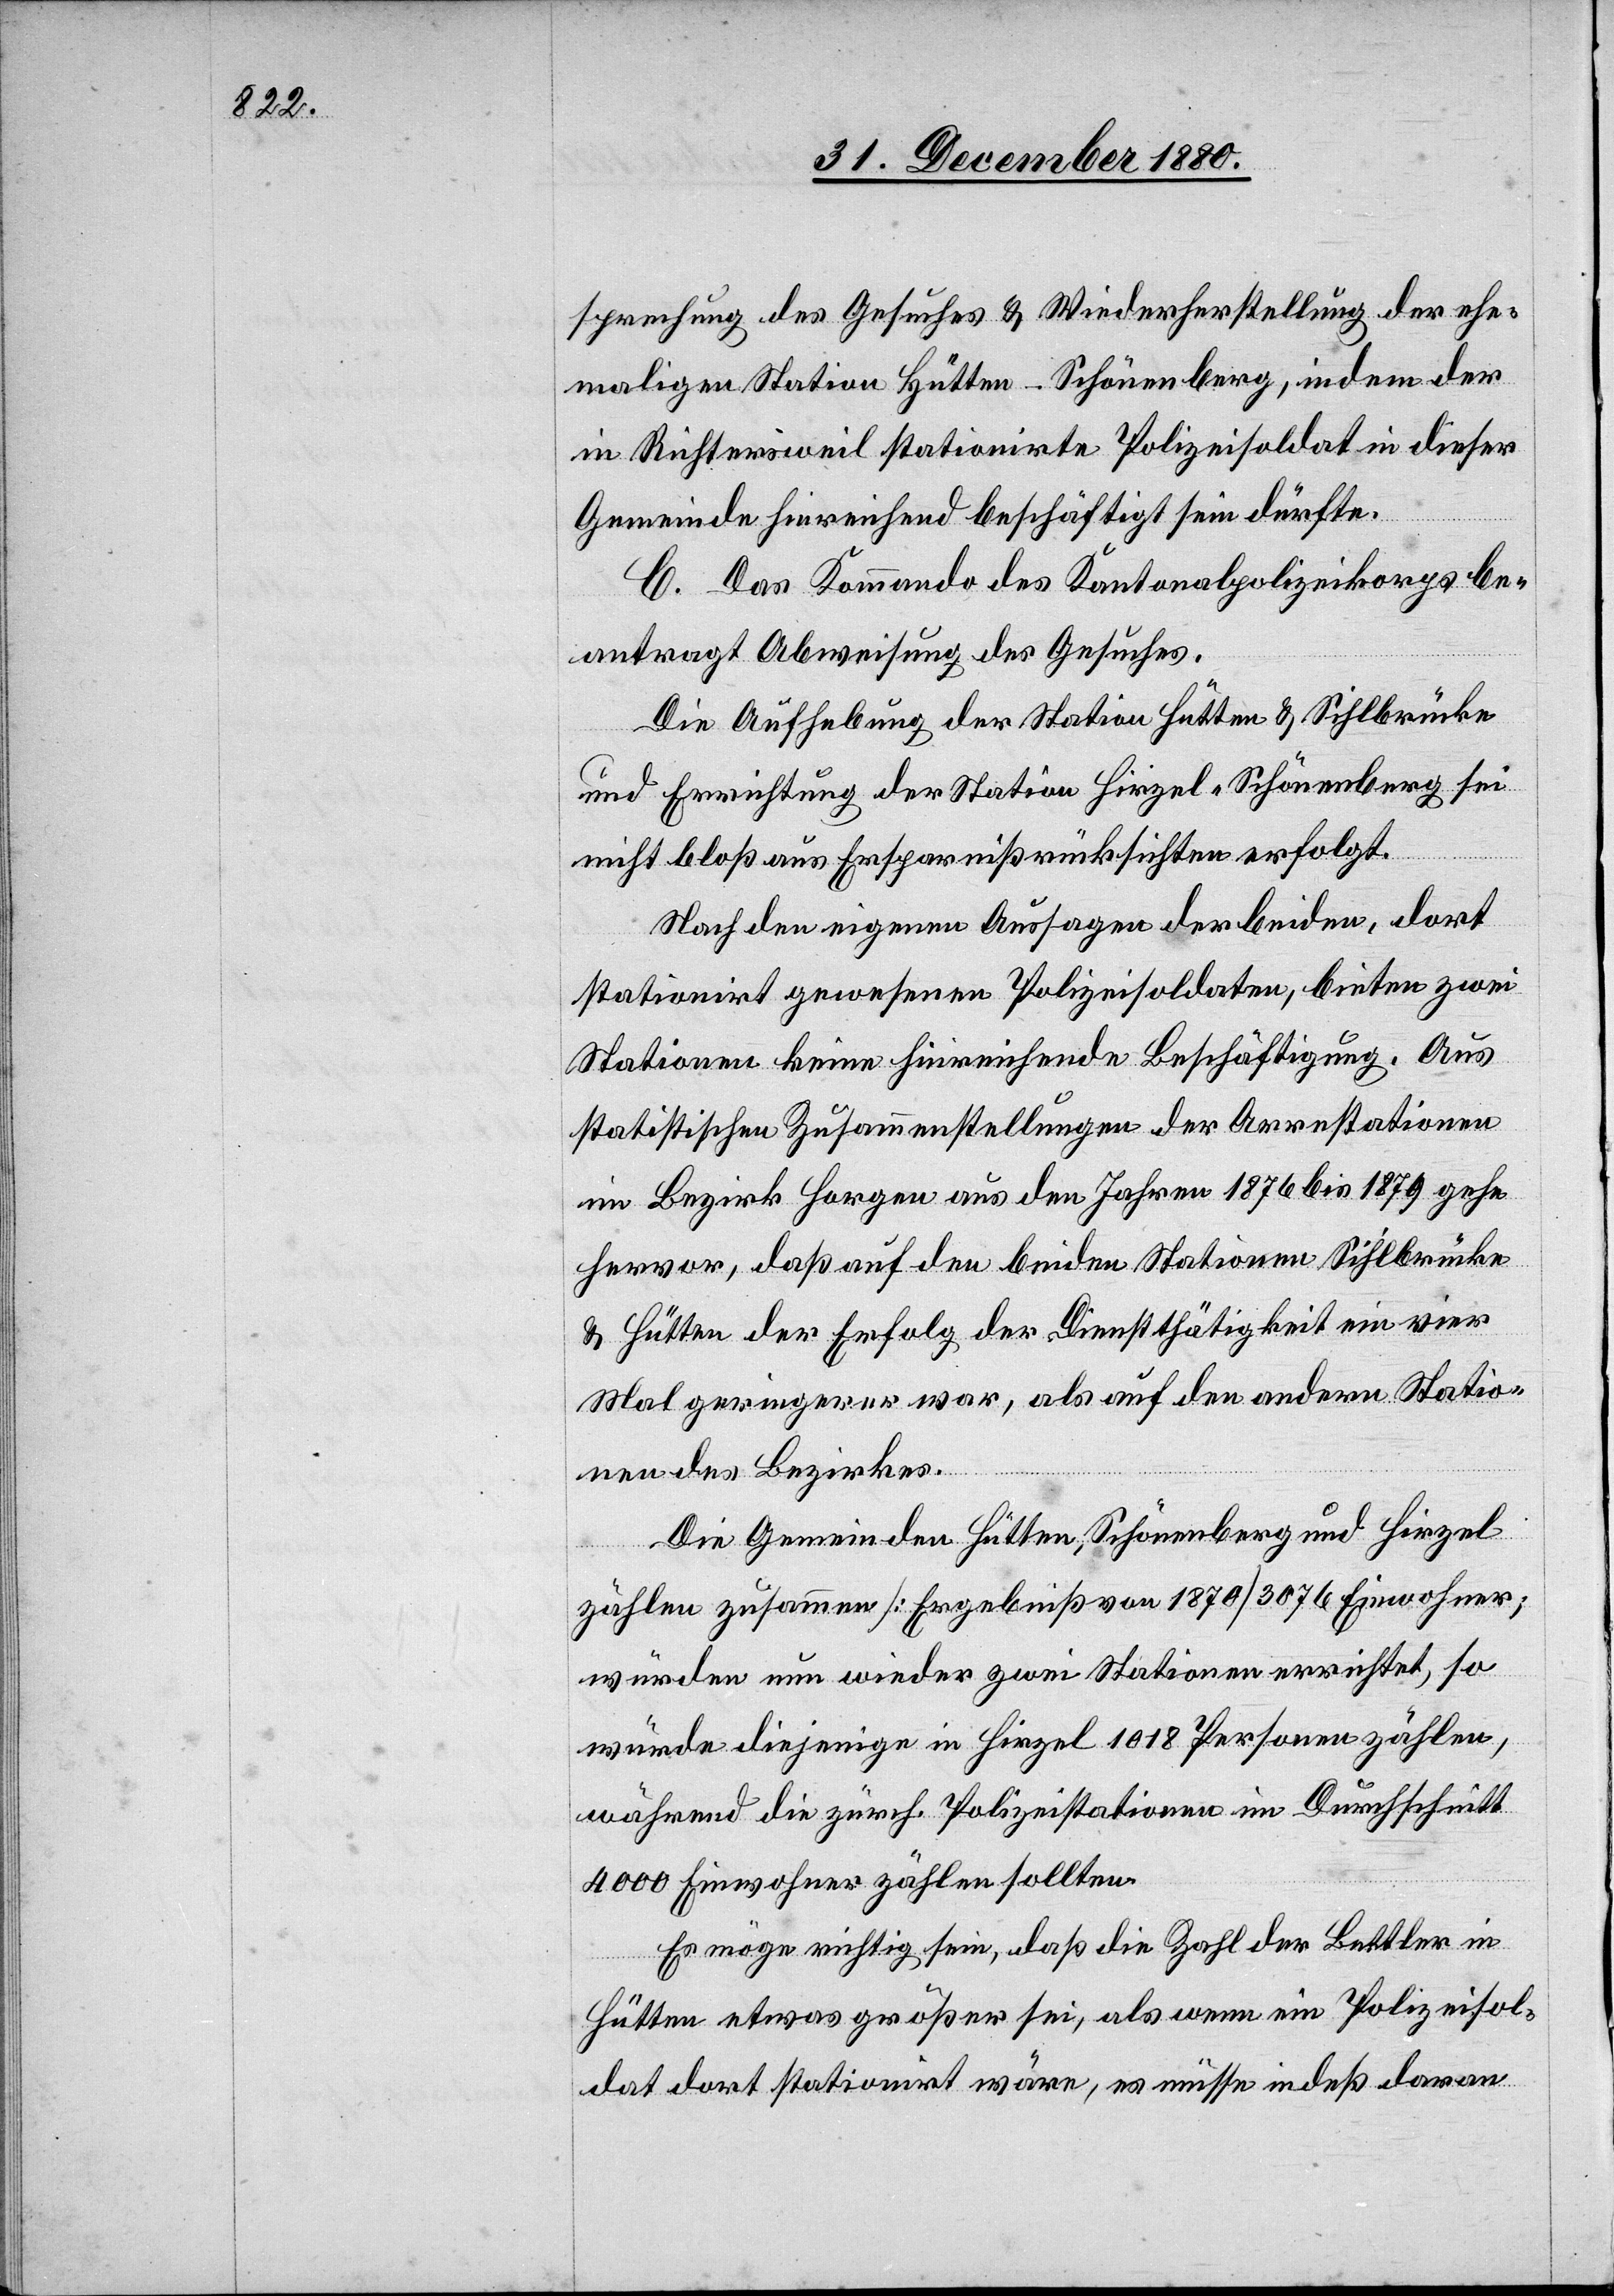
sprechung des Gesuches & Wiederherstellung der ehe¬
maligen Station Hütten-Schönenberg, indem der
in Richtersweil stationirte Polizeisoldat in dieser
Gemeinde hinreichend beschäftigt sein dürfte.
C. Das Kommando des Kantonalpolizeikorps be¬
antragt Abweisung des Gesuches.
Die Aufhebung der Station Hütten & Sihlbrücke
und Errichtung der Station Hirzel - Schönenberg sei
nicht bloß aus Ersparnißrücksichten erfolgt.
Nach den eigenen Aussagen der beiden, dort
stationirt gewesenen Polizeisoldaten, bieten zwei
Stationen keine hinreichende Beschäftigung. Aus
statistischen Zusammenstellungen der Arrestationen
im Bezirk Horgen aus den Jahren 1876 bis 1879 gehe
hervor, daß auf den beiden Stationen Sihlbrücke
& Hütten der Erfolg der Dienstthätigkeit ein vier
Mal geringerer war, als auf den andern Statio¬
nen des Bezirkes.
Die Gemeinde Hütten, Schönenberg und Hirzel
zählen zusammen [Ergebniß von 1870] 3076 Einwohner;
würden nun wieder zwei Stationen errichtet, so
würde diejenige in Hirzel 1018 Personen zählen,
während die zürch. Polizeistationen im Durchschnitt
4000 Einwohner zählen sollten.
Es möge richtig sein, daß die Zahl der Bettler in
Hütten etwas größer sei, als wenn ein Polizeisol¬
dat dort stationirt wäre, es müsse indeß daran